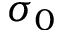
\sigma _ { 0 }